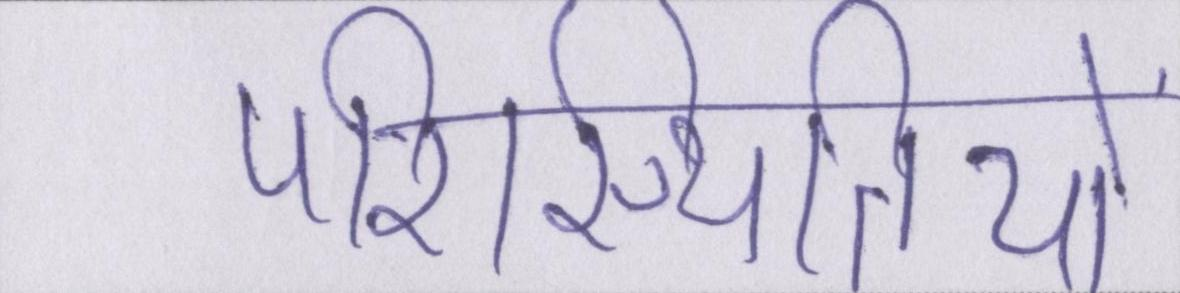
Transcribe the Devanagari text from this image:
परिस्थितियों